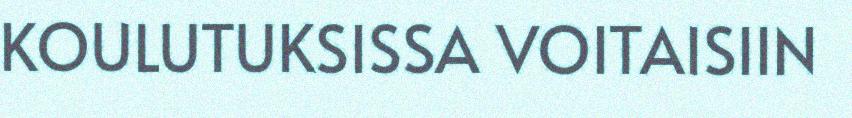
KOULUTUKSISSA VOITAISIIN